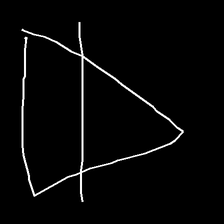
Glyph: empower